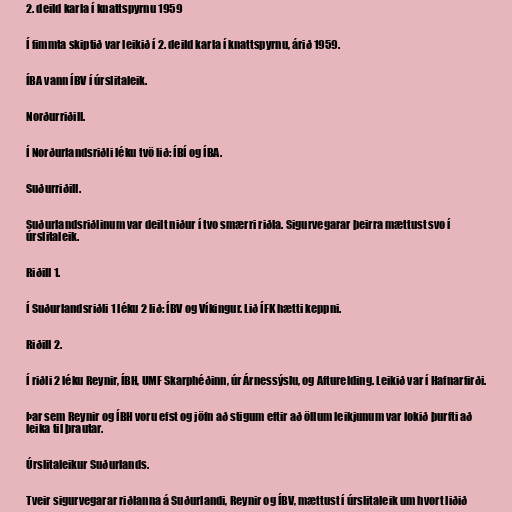
2. deild karla í knattspyrnu 1959

Í fimmta skiptið var leikið í 2. deild karla í knattspyrnu, árið 1959.

ÍBA vann ÍBV í úrslitaleik.

Norðurriðill.

Í Norðurlandsriðli léku tvö lið: ÍBÍ og ÍBA.

Suðurriðill.

Suðurlandsriðlinum var deilt niður í tvo smærri riðla. Sigurvegarar þeirra mættust svo í
úrslitaleik.

Riðill 1.

Í Suðurlandsriðli 1 léku 2 lið: ÍBV og Víkingur. Lið ÍFK hætti keppni.

Riðill 2.

Í riðli 2 léku Reynir, ÍBH, UMF Skarphéðinn, úr Árnessýslu, og Afturelding. Leikið var í Hafnarfirði.

Þar sem Reynir og ÍBH voru efst og jöfn að stigum eftir að öllum leikjunum var lokið þurfti að
leika til þrautar.

Úrslitaleikur Suðurlands.

Tveir sigurvegarar riðlanna á Suðurlandi, Reynir og ÍBV, mættust í úrslitaleik um hvort liðið